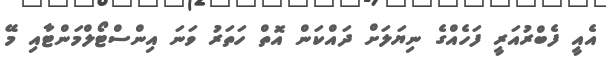
އެއީ ފެބްރުއަރީ ފަހެއްގެ ނިޔަލަށް ދައްކަން އޮތް ހަތަރު ވަނަ އިންސްޓޯލްމަންޓާއި މޭ